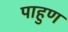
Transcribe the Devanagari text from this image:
पाहुण